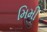
મિમી